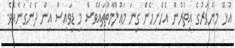
އުޅޭ މިންވަރުގެ އިތުރުން އެހެނިހެން ގިނަ މަޢުލޫމާތުތައްވެސް މި ޑިވައިސް އިން ދެނެގަނެއެވެ.